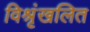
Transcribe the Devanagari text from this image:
विश्रृंखलित